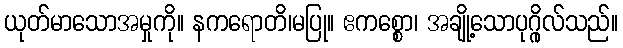
ယုတ်မာသောအမှုကို။ နကရောတိ၊မပြု။ ဧကစ္စော၊ အချို့သောပုဂ္ဂိုလ်သည်။